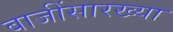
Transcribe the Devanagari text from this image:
बाजींसारख्या